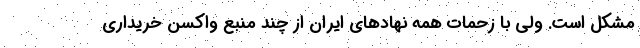
مشکل است. ولی با زحمات همه نهادهای ایران از چند منبع واکسن خریداری